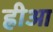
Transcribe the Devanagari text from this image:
ह्रीआ